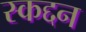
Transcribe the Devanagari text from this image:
स्कद्दन